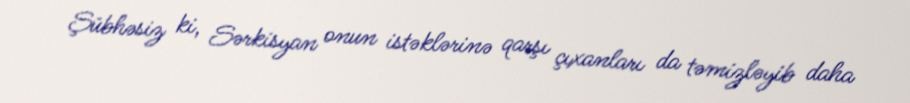
Şübhəsiz ki, Sərkisyan onun istəklərinə qarşı çıxanları da təmizləyib daha